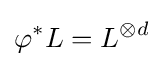
\varphi ^{*}L=L^{\otimes d}